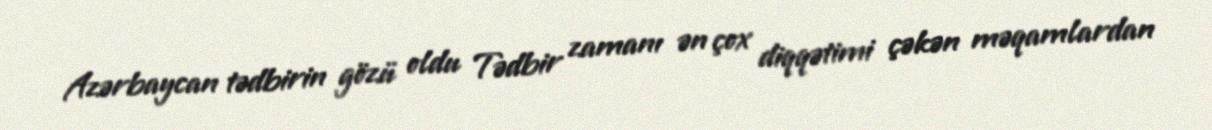
Azərbaycan tədbirin gözü oldu Tədbir zamanı ən çox diqqətimi çəkən məqamlardan